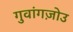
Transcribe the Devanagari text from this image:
गुवांगज़ोउ